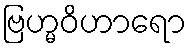
ဗြဟ္မဝိဟာရော